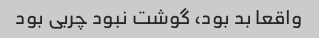
واقعا بد بود، گوشت نبود چربی بود